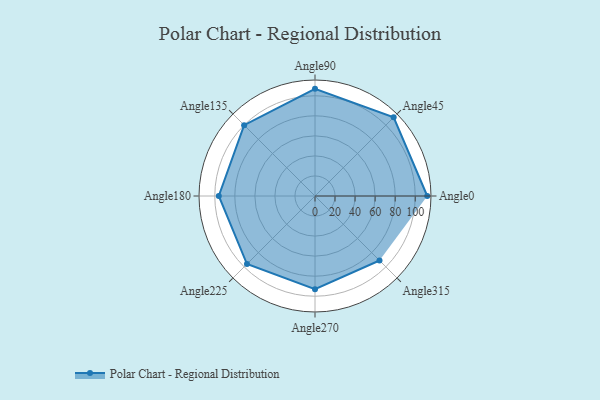
{"axis": {"x": "Angle", "y": "Radius"}, "legend": [""], "data": [{"x": "Angle0", "y": 112.0, "type": ""}, {"x": "Angle45", "y": 111.0, "type": ""}, {"x": "Angle90", "y": 107.0, "type": ""}, {"x": "Angle135", "y": 100.0, "type": ""}, {"x": "Angle180", "y": 96.0, "type": ""}, {"x": "Angle225", "y": 96.0, "type": ""}, {"x": "Angle270", "y": 93.0, "type": ""}, {"x": "Angle315", "y": 91.0, "type": ""}]}